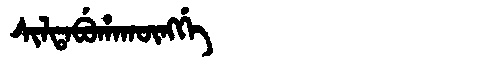
Manchu: ᠰᡳᠯᡨᠠᠪᡠᡥᠠᡴᡡᠩᡤᡝ
Romanization: SILTABUHAKŪNGGE